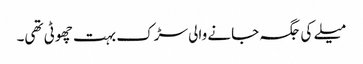
میلے کی جگہ جانے والی سڑک بہت چھوٹی تھی۔